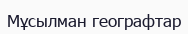
Мұсылман географтар